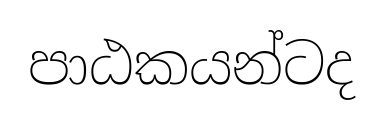
පාඨකයන්ටද